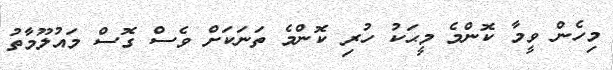
މިހެން ވީމާ ކޮންމެ މީޙަކު ހުރި ކޮންމެ ތަނަކަށް ވެސް ގޮސް މައުލޫމާތު